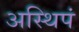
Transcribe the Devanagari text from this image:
अस्थिपं